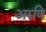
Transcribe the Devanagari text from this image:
अरुणि